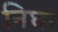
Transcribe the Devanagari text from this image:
निघा